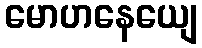
မောဟနေယျေ